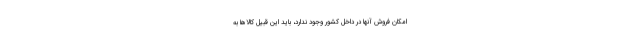
امکان فروش آنها در داخل کشور وجود ندارد، باید این قبیل کالاها به